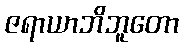
ဇရာယာဘိဘူတော